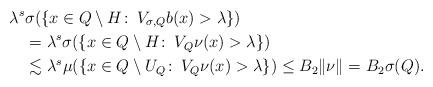
LaTeX: \begin{align*}\lambda^s & \sigma(\{x \in Q \setminus H\colon\, V_{\sigma, Q} b(x) > \lambda\}) \\&=\lambda^s \sigma(\{x \in Q \setminus H\colon\, V_{Q} \nu(x) > \lambda\}) \\&\lesssim \lambda^s\mu(\{x \in Q \setminus U_Q\colon\, V_{Q} \nu(x) > \lambda\}) \le B_2\|\nu\| = B_2\sigma(Q).\end{align*}